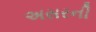
અસરની